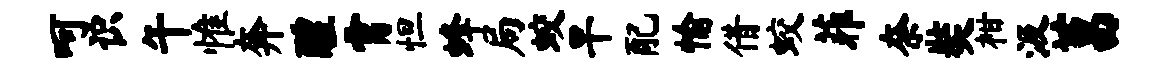
呵识午惟奔醴霄怛蜂局蛟旱配愉借蛟菲奈奘柑汲莒